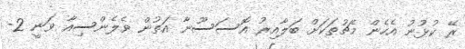
ރޭ ކުޅުނު އެހެން މެޗުތަކަށް ބަލާއިރު އޮސަސޫނާ އަތުން ވެލެންސިއާ ވަނީ 2-